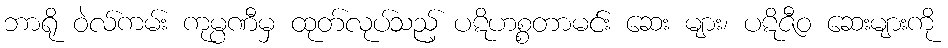
ဘာရို ဝဲလ်ကမ်း ကုမ္ပဏီမှ ထုတ်လုပ်သည့် ပဋိဟစ္စတာမင်း ဆေး များ၊ ပဋိဇီဝ ဆေးများကို